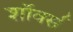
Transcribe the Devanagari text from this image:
शॉवर्स